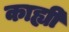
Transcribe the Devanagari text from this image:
काह्यी